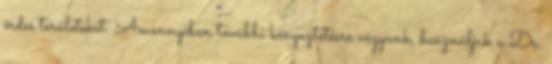
érdes területeket. Amennyiben további kényeztetésre vágyunk, használjuk a Dr.